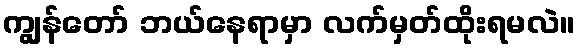
ကျွန်တော် ဘယ်နေရာမှာ လက်မှတ်ထိုးရမလဲ။